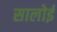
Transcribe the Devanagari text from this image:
सालोई